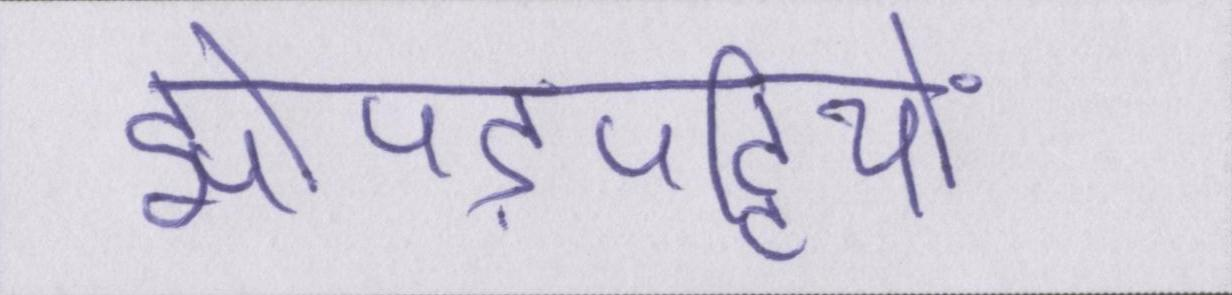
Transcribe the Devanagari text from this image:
झोपड़पट्टियों